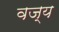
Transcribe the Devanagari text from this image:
वज्य